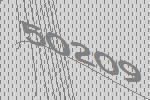
50209